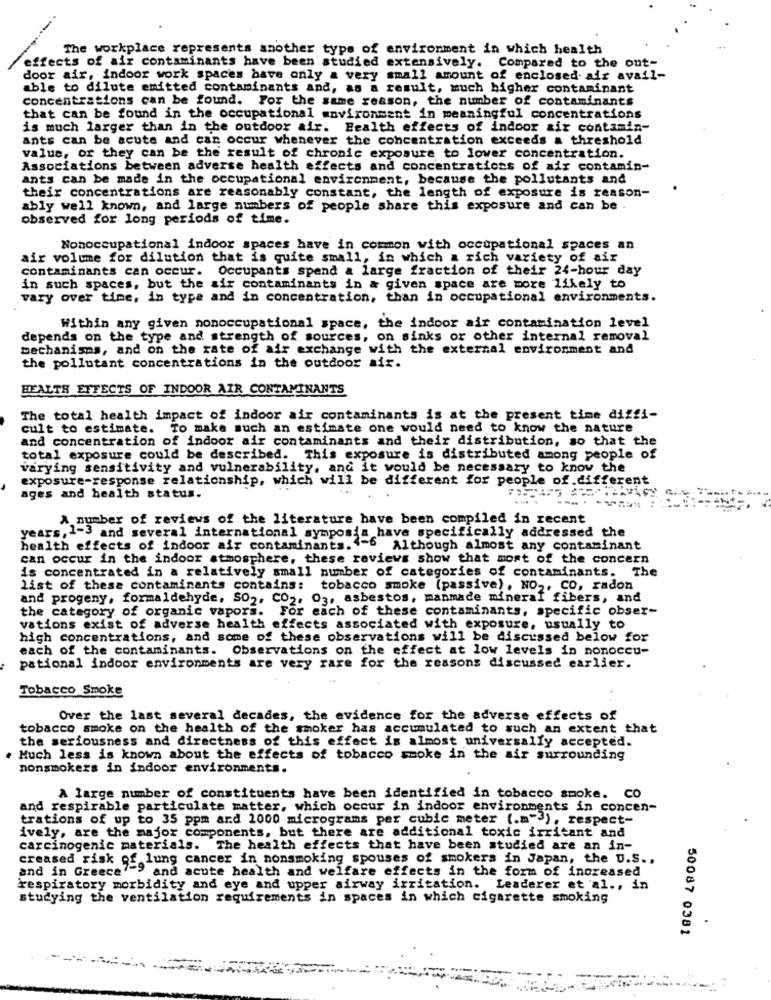
The workplace represents saother type of environment in which health
effects of air contaminants have been studied extensively. Compared to the ont-
door air, indoor work spaces have only a very small amount of enclosed air avail-
able to dilute emitted contaminants and, as a result, much higher contaminant
concentrations can be found. For the same reason, the number of contaminants
that can be found in the occupational environment in meaningful concentrations
is much larger than in the outdoor air. Health effects of indoor air contamin-
ants can be acute and can occur whenever the concentration exceeds a threshold
value, or they can be the result of chronic exposure to lower concentration.
Associations between adverse health effects and concentrations of air contamin-
ants can be made in the occupational environment, because the pollutants and
their concentrations are reasonably constant, the length of exposure is reason-
ably well known, and large numbers of people share this exposure and can be .
observed for long periods of time.
Nonoccupational indoor spaces have in common with occupational spaces an
air volume for dilution that is quite small, in which a rich variety of air
contaminants can occur. Occupants spend a large fraction of their 24-hour day
in such spaces, but the air contaminants in & given space are more likely to
vary over time, in type and in concentration, than in occupational environments.
Within any given nonoccupational space, the indoor air contamination level
depends on the type and strength of sources, on sinks or other internal removal
mechanisms, and on the rate of air exchange with the external environment and
the pollutant concentrations in the outdoor air.
HEALTH EFFECTS OF INDOOR AIR CONTAMINANTS
The total health impact of indoor air contaminants is at the present time diffi-
cult to estimate. To make such an estimate one would need to know the nature
and concentration of indoor air contaminants and their distribution, so that the
total exposure could be described. This exposure is distributed among people of
varying sensitivity and vulnerability, and it would be necessary to know the
exposure-response relationship, which will be different for people of different
ages and health status.
... .
A number of reviews of the literature have been compiled in recent
years, 1-3 and several international symposia have specifically addressed the
health effects of indoor air contaminants. 4-6 Although almost any contaminant
can occur in the indoor atmosphere, these reviews show that most of the concern
is concentrated in a relatively small number of categories of contaminants. The
list of these contaminants contains: tobacco smoke (passive), NO2, Co, radon
and progeny, formaldehyde, SO2, CO2, 03, asbestos, manmade mineral fibers, and
the category of organic vapors. For each of these contaminants, specific obser-
vations exist of adverse health effects associated with exposure, usually to
high concentrations, and some of these observations will be discussed below for
each of the contaminants. Observations on the effect at low levels in nonoccu-
pational indoor environments are very rare for the reasons discussed earlier.
Tobacco Smoke
Over the last several decades, the evidence for the adverse effects of
tobacco smoke on the health of the smoker has accumulated to such an extent that
the seriousness and directness of this effect is almost universally accepted.
. Much less is known about the effects of tobacco smoke in the air surrounding
nonsmokers in indoor environments.
A large number of constituents have been identified in tobacco smoke. CO
and respirable particulate matter, which occur in indoor environments in concen-
trations of up to 35 ppm and 1000 micrograms per cubic meter ( .. ") , respect-
ively, are the major components, but there are additional toxic irritant and
carcinogenic materials. The health effects that have been studied are an in-
creased risk of lung cancer in nonsmoking spouses of smokers in Japan, the U.S ..
and in Greece7-9 and acute health and welfare effects in the form of increased
respiratory morbidity and eye and upper airway irritation. Leaderer et al ., in
studying the ventilation requirements in spaces in which cigarette smoking
50087 0381